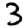
Digit: 3